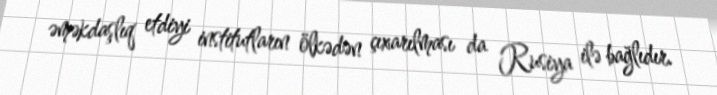
əməkdaşlıq etdiyi institutların ölkədən çıxarılması da Rusiya ilə bağlıdır.